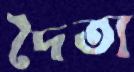
দৈত্য